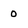
Character: 0